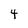
Character: 4